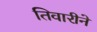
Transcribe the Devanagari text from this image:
तिवारीने